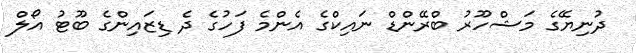
ދުނިޔޭގެ މަޝްހޫރު ބްރޭންޑް ނައިކްގެ އެންމެ ފަހުގެ ދެ ޑިޒައިންގެ ބޫޓު އޯލް